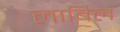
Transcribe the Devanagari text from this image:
लाबिल